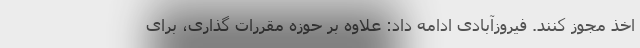
اخذ مجوز کنند. فیروزآبادی ادامه داد: علاوه بر حوزه مقررات گذاری، برای